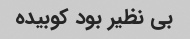
بی نظیر بود کوبیده